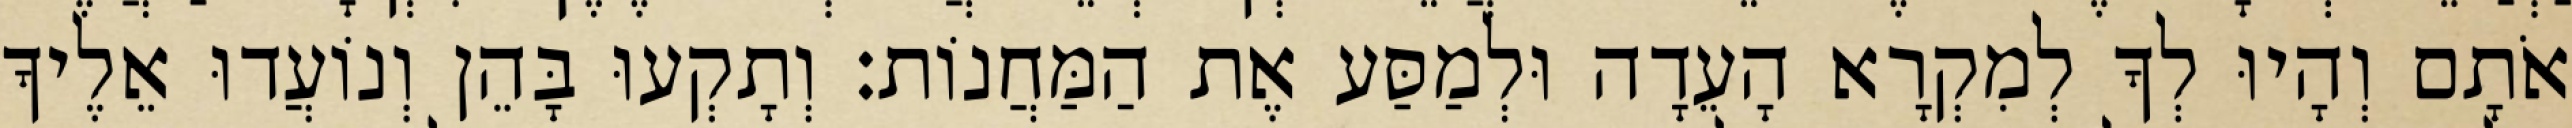
אֹתָם וְהָיוּ לְךָ לְמִקְרָא הָעֵדָה וּלְמַסַּע אֶת הַמַּחֲנוֹת׃ וְתָקְעוּ בָּהֵן וְנוֹעֲדוּ אֵלֶיךָ